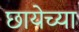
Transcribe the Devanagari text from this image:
छायेच्या